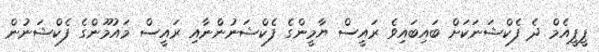
ޕީޕީއެމް ދެ ފެކްޝަނަކަށް ބައިބައިވެ ރައީސް ޔާމީންގެ ފެކްޝަނުންނާއި ރައީސް މައުމޫންގެ ފެކްޝަނުން